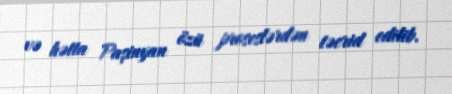
və hətta Paşinyan özü proseslərdən təcrid edilib.